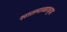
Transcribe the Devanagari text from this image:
सातमाळाच्या